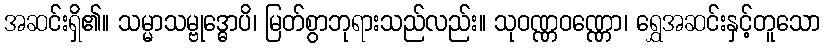
အဆင်းရှိ၏။ သမ္မာသမ္ဗုဒ္ဓောပိ၊ မြတ်စွာဘုရားသည်လည်း။ သုဝဏ္ဏဝဏ္ဏော၊ ရွှေအဆင်းနှင့်တူသော